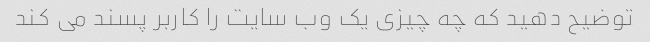
توضیح دهید که چه چیزی یک وب سایت را کاربر پسند می کند